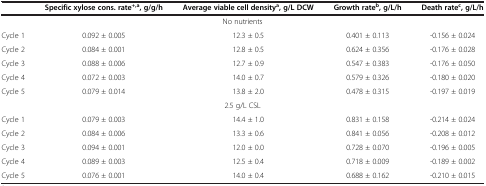
|  | Specific xylose cons. rate+,a, g/g/h | Average viable cell densitya, g/L DCW | Growth rateb, g/L/h | Death ratec, g/L/h |
 | --- | --- | --- | --- | --- |
 | <COLSPAN=5> No nutrients |
 | Cycle 1 | 0.092 ± 0.005 | 12.3 ± 0.5 | 0.401 ± 0.113 | -0.156 ± 0.024 |
 | Cycle 2 | 0.084 ± 0.001 | 12.8 ± 0.5 | 0.624 ± 0.356 | -0.176 ± 0.028 |
 | Cycle 3 | 0.088 ± 0.006 | 12.7 ± 0.9 | 0.547 ± 0.383 | -0.176 ± 0.050 |
 | Cycle 4 | 0.072 ± 0.003 | 14.0 ± 0.7 | 0.579 ± 0.326 | -0.180 ± 0.020 |
 | Cycle 5 | 0.079 ± 0.014 | 13.8 ± 2.0 | 0.478 ± 0.315 | -0.197 ± 0.019 |
 | <COLSPAN=5> 2.5 g/L CSL |
 | Cycle 1 | 0.079 ± 0.003 | 14.4 ± 1.0 | 0.831 ± 0.158 | -0.214 ± 0.024 |
 | Cycle 2 | 0.084 ± 0.006 | 13.3 ± 0.6 | 0.841 ± 0.056 | -0.208 ± 0.012 |
 | Cycle 3 | 0.094 ± 0.001 | 12.0 ± 0.0 | 0.728 ± 0.070 | -0.196 ± 0.005 |
 | Cycle 4 | 0.089 ± 0.003 | 12.5 ± 0.4 | 0.718 ± 0.009 | -0.189 ± 0.002 |
 | Cycle 5 | 0.076 ± 0.001 | 14.0 ± 0.4 | 0.688 ± 0.162 | -0.210 ± 0.015 |